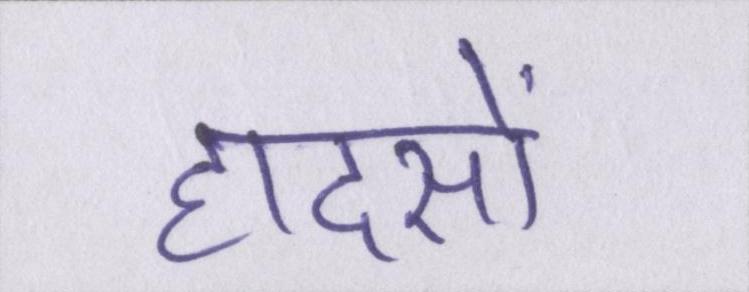
हादसों